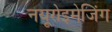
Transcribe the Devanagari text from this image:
नयूरोइमेजिंग